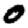
Digit: 0